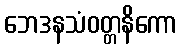
ဘေဒနသံဝတ္တနိကော